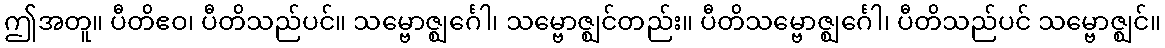
ဤအတူ။ ပီတိဧဝ၊ ပီတိသည်ပင်။ သမ္ဗောဇ္ဈင်္ဂေါ၊ သမ္ဗောဇ္ဈင်တည်း။ ပီတိသမ္ဗောဇ္ဈင်္ဂေါ၊ ပီတိသည်ပင် သမ္ဗောဇ္ဈင်။